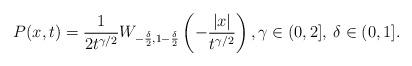
LaTeX: \begin{align*}P(x,t)= \frac{1}{2t^{\gamma/2}}W_{-\frac{\delta}{2},1-\frac{\delta}{2}}\left(-\frac{|x|}{t^{\gamma/2}}\right), \gamma\in (0,2], \: \delta \in (0,1].\end{align*}